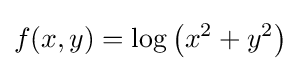
f(x,y)=\log \left(x^{2}+y^{2}\right)